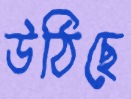
উঠিছে